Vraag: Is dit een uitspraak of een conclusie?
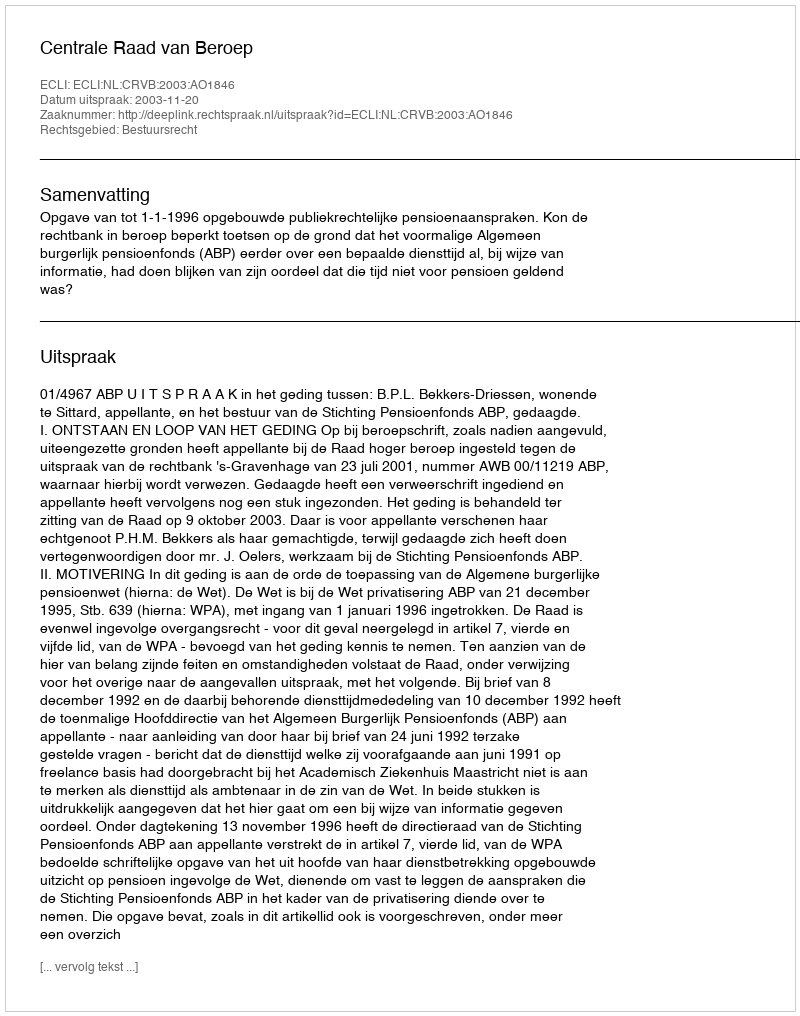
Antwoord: Uitspraak